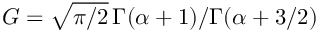
G = \sqrt { \pi / 2 } \, \Gamma ( \alpha + 1 ) / \Gamma ( \alpha + 3 / 2 )